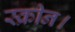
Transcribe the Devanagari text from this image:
स्क्रीन।